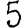
Digit: 5